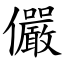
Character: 儼